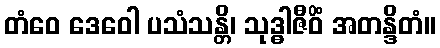
တံဝေ ဒေဝေါ ပသံသန္တိ၊ သုဒ္ဓါဇီဝိံ အတန္ဒိတံ။